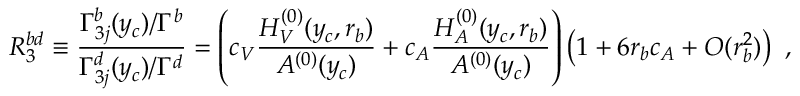
R _ { 3 } ^ { b d } \equiv \frac { \Gamma _ { 3 j } ^ { b } ( y _ { c } ) / \Gamma ^ { b } } { \Gamma _ { 3 j } ^ { d } ( y _ { c } ) / \Gamma ^ { d } } = \left( c _ { V } \frac { H _ { V } ^ { ( 0 ) } ( y _ { c } , r _ { b } ) } { A ^ { ( 0 ) } ( y _ { c } ) } + c _ { A } \frac { H _ { A } ^ { ( 0 ) } ( y _ { c } , r _ { b } ) } { A ^ { ( 0 ) } ( y _ { c } ) } \right) \left( 1 + 6 r _ { b } c _ { A } + O ( r _ { b } ^ { 2 } ) \right) ~ ,